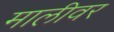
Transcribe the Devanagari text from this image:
मालीवर